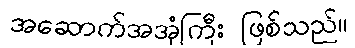
အဆောက်အအုံကြီး ဖြစ်သည်။